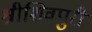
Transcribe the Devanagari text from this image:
श्रीशिवपुरी